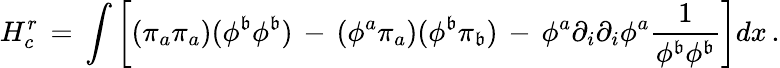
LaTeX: H_{c}^{r}\, =\, \int\left[(\pi_{a}\pi_{a})(\phi^{\mathfrak{b}}\phi^{\mathfrak{b}})\, -\, (\phi^{a}\pi_{a})(\phi^{\mathfrak{b}}\pi_{\mathfrak{b}})\, -\, \phi^{a}\partial_{i}\partial_{i}\phi^{a}{\frac{{1}}{{\phi^{\mathfrak{b}}\phi^{\mathfrak{b}}}}}\right]dx\, .